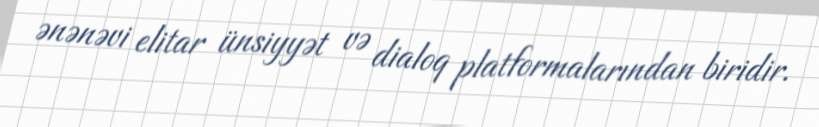
ənənəvi elitar ünsiyyət və dialoq platformalarından biridir.